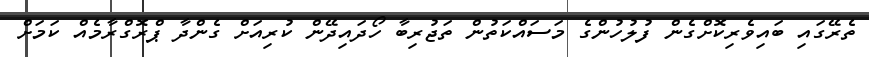
ތެރޭގައި ބައިވެރިކޮށްގެން ފުލުހުންގެ މަސައްކަތުން ތަޖުރިބާ ހޯދައިދޭން ކުރިއަށް ގެންދާ ޕްރޮގްރާމެއް ކަމަށް